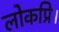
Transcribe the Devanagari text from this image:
लोकप्रि।